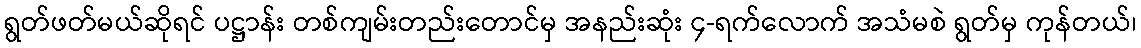
ရွတ်ဖတ်မယ်ဆိုရင် ပဋ္ဌာန်း တစ်ကျမ်းတည်းတောင်မှ အနည်းဆုံး ၄-ရက်လောက် အသံမစဲ ရွတ်မှ ကုန်တယ်၊